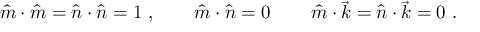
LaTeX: \hat { m } \cdot \hat { m } = \hat { n } \cdot \hat { n } = 1 \ , \qquad \hat { m } \cdot \hat { n } = 0 \, \qquad \hat { m } \cdot \vec { k } = \hat { n } \cdot \vec { k } = 0 \ .